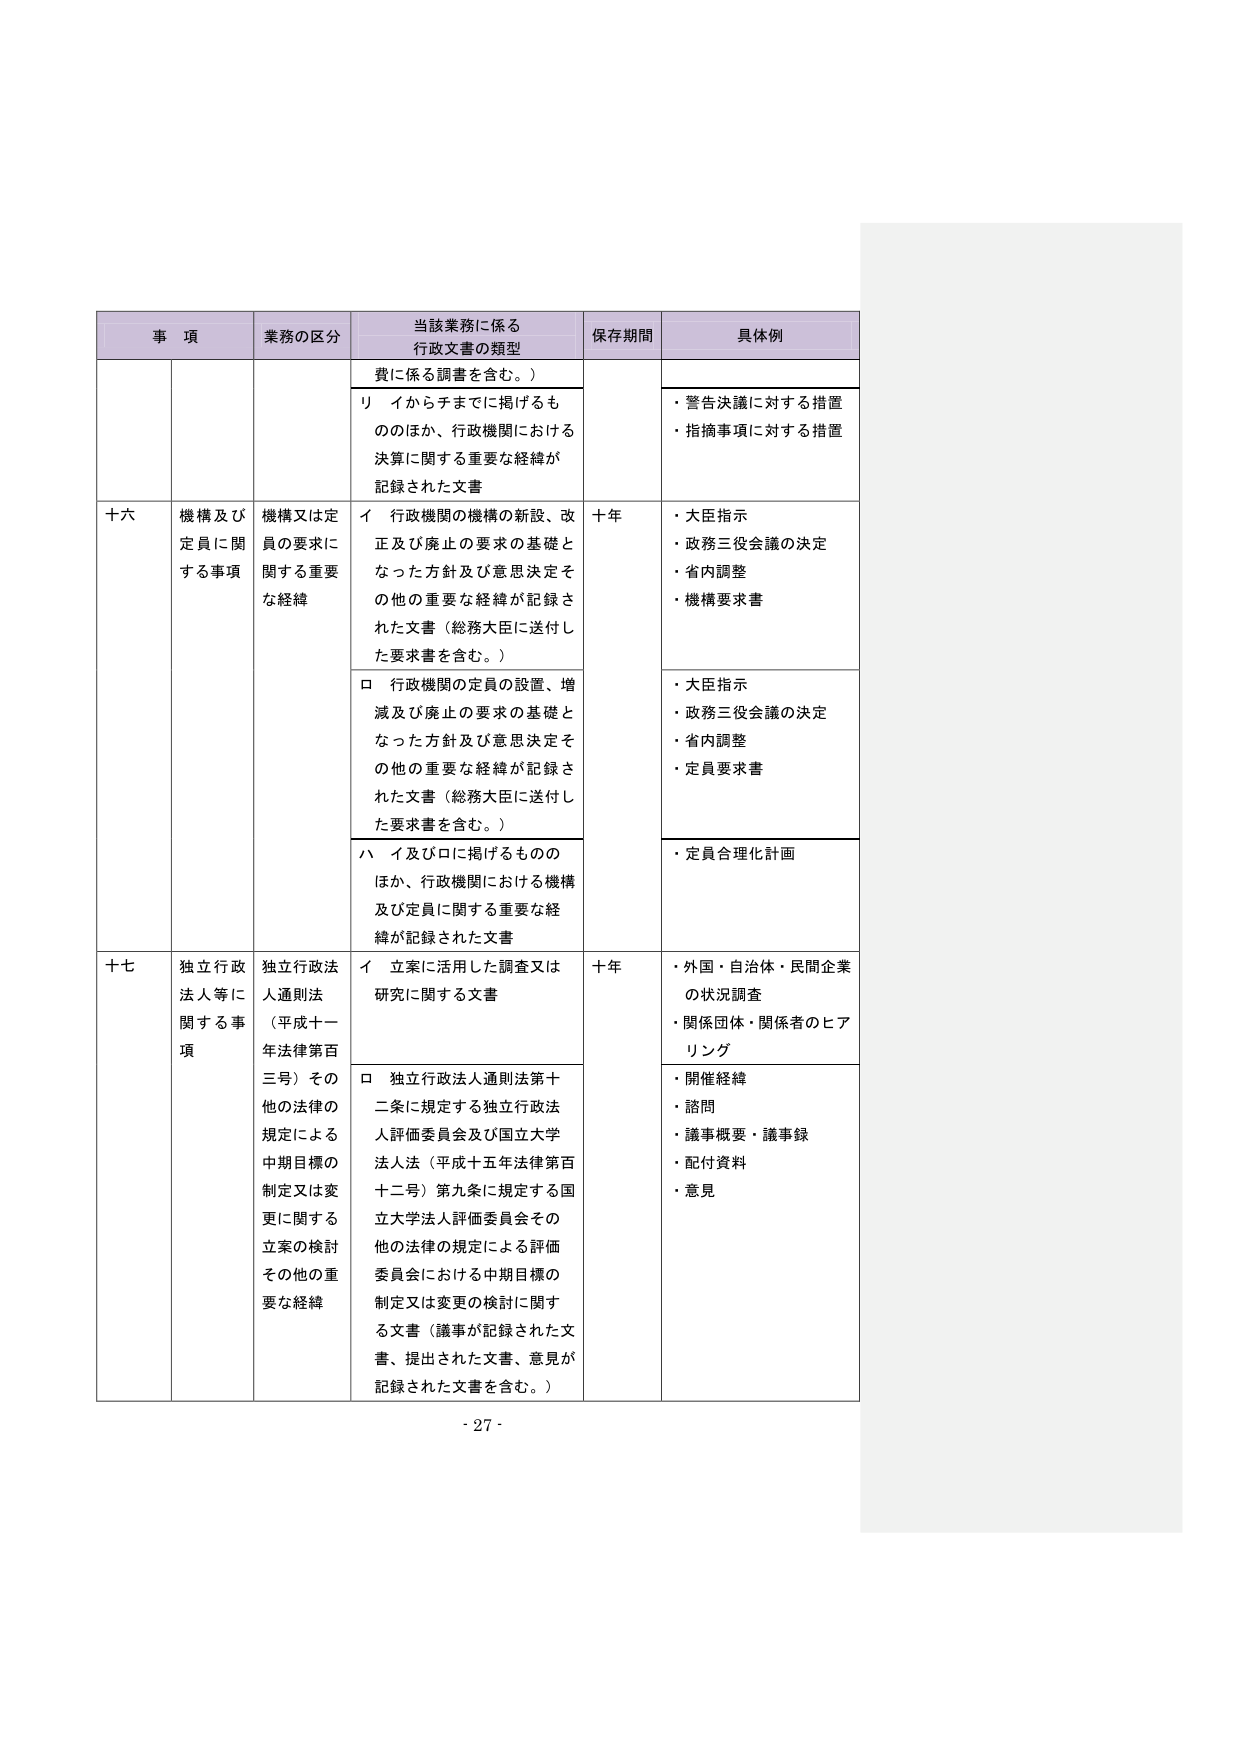
事 項 業務の区分 当該業務に係る 行政文書の類型 保存期間 具体例 費に係る調書を含む。） リ イからチまでに掲げるも ののほか、行政機関における 決算に関する重要な経緯が 記録された文書 ・警告決議に対する措置 ・指摘事項に対する措置 十六 機構及び 定員に関 する事項 機構又は定 員の要求に 関する重要 な経緯 イ 行政機関の機構の新設、改 正及び廃止の要求の基礎と なった方針及び意思決定そ の他の重要な経緯が記録さ れた文書（総務大臣に送付し た要求書を含む。） 十年 ・大臣指示 ・政務三役会議の決定 ・省内調整 ・機構要求書 ロ 行政機関の定員の設置、増 減及び廃止の要求の基礎と なった方針及び意思決定そ の他の重要な経緯が記録さ れた文書（総務大臣に送付し た要求書を含む。） ・大臣指示 ・政務三役会議の決定 ・省内調整 ・定員要求書 ハ イ及びロに掲げるものの ほか、行政機関における機構 及び定員に関する重要な経 緯が記録された文書 ・定員合理化計画 十七 独立行政 法人等に 関する事 項 独立行政法 人通則法 （平成十一 年法律第百 三号）その 他の法律の 規定による 中期目標の 制定又は変 更に関する 立案の検討 その他の重 要な経緯 イ 立案に活用した調査又は 研究に関する文書 十年 ・外国・自治体・民間企業 の状況調査 ・関係団体・関係者のヒア リング ロ 独立行政法人通則法第十 二条に規定する独立行政法 人評価委員会及び国立大学 法人法（平成十五年法律第百 十二号）第九条に規定する国 立大学法人評価委員会その 他の法律の規定による評価 委員会における中期目標の 制定又は変更の検討に関す る文書（議事が記録された文 書、提出された文書、意見が 記録された文書を含む。） ・開催経緯 ・諮問 ・議事概要・議事録 ・配付資料 ・意見 - 27 -